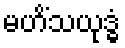
မဟိံသယုဒ္ဓံ